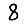
Digit: 8